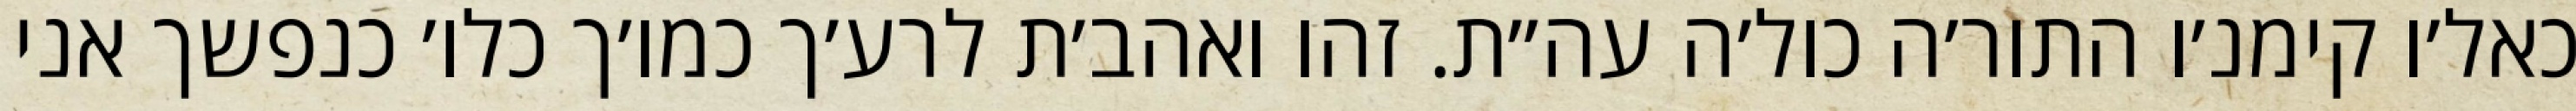
כאל׳ו קימנ׳ו התור׳ה כול׳ה עה״ת. זהו ואהב׳ת לרע׳ך כמו׳ך כלו׳ כנפשך אני